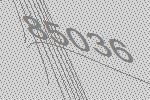
85036